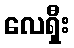
လေရှီး